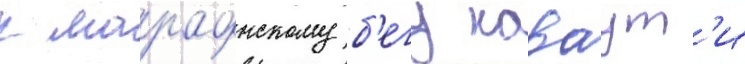
к марафонскому б'егу каваут'и